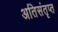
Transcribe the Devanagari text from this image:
अतिसंतृप्त